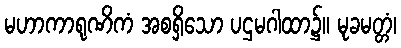
မဟာကာရုဏိကံ အစရှိသော ပဌမဂါထာ၌။ မုခမတ္တံ၊